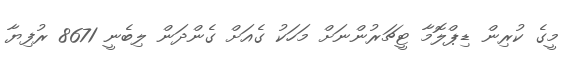
މީގެ ކުރިން ޑިޕްލޮމާ ޓީޗަރުންނަށް މަހަކު ގެއަށް ގެންދަން ލިބެނީ 8671 ރުފިޔާ